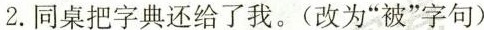
2.同桌把字典还给了我。(改为“被”字句)